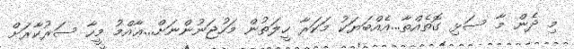
މި ދެން މާ ސަޅި ގޮތެއްތާ...އެއްބަޔަކު މަކަރާ ހީލަތުން މަހުޖަނުންނަށް...ޢާއްމު މީހާ ސަރުކާރަށް